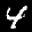
Label: 4